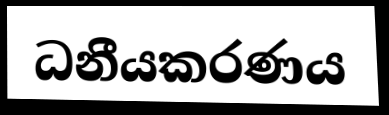
ධනීයකරණය